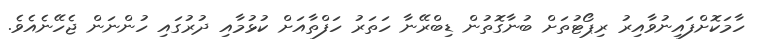
ހާމަކޮށްފައިނުވާއިރު ރިޕޯޓުތަށް ބުނާގޮތުން ޑިބްރޭނާ ހަތަރު ހަފްތާއަށް ކުޅުމާއި ދުރުގައި ހުންނަން ޖެހޭނެއެވެ.